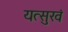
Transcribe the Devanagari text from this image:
यत्सुखं